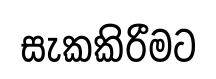
සැකකිරීමට